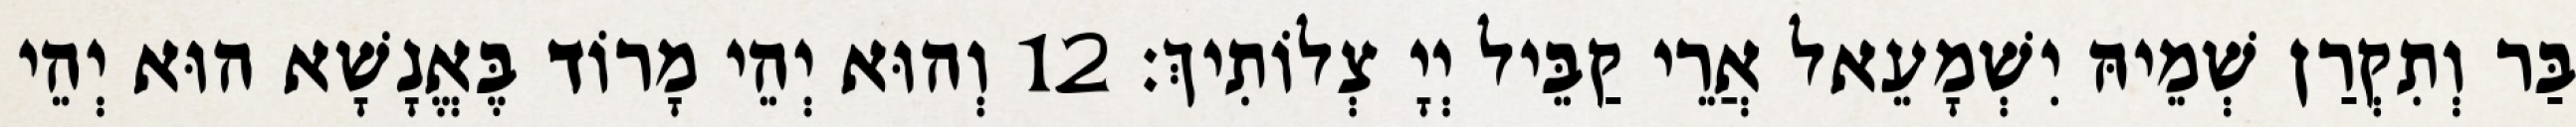
בַּר וְתִקְרַן שְׁמֵיהּ יִשְׁמָעֵאל אֲרֵי קַבֵּיל יְיָ צְלוֹתִיךְ׃ 12 וְהוּא יְהֵי מָרוֹד בֶּאֱנָשָׁא הוּא יְהֵי